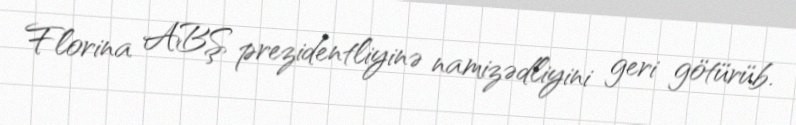
Florina ABŞ prezidentliyinə namizədliyini geri götürüb.